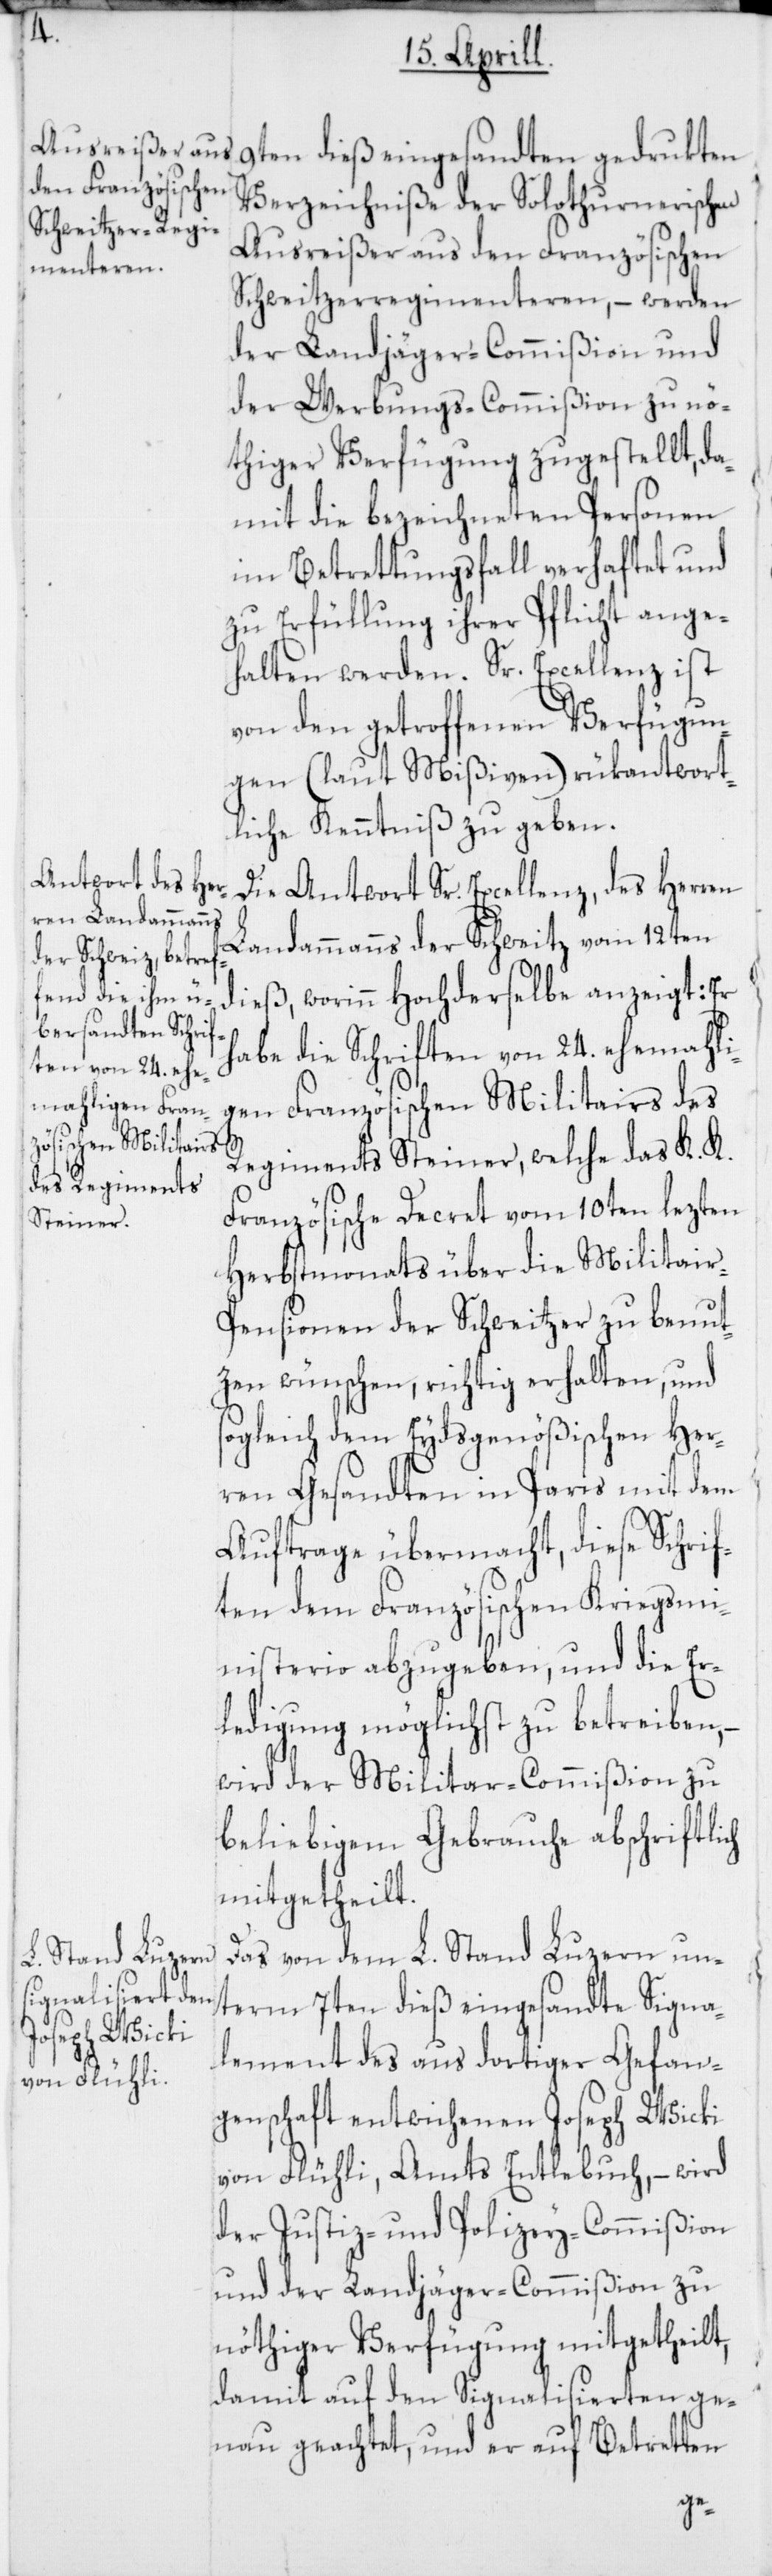
9ten dieß eingesandten gedrukten
Verzeichniße der Solothurnerischen
Ausreißer aus den Französischen
Schweitzerregimenteren, – werden
der Landjäger-Commißion und
der Werbungs-Commißion zu nö¬
thiger Verfügung zugestellt, da¬
mit die bezeichneten Personen
im Betrettungsfall verhaftet und
zu Erfüllung ihrer Pflicht ange¬
halten werden. Sr. Excellenz ist
von den getroffenen Verfügun¬
gen (laut Mißiven) rükantwort¬
liche Kenntniß zu geben.
Die Antwort Sr. Excellenz, des Herren
Landammanns der Schweitz vom 12ten
dieß, worinnn Hochderselbe anzeigt: Er
habe die Schriften von 24. ehemahli¬
gen Französischen Militairs des
Regiments Steiner, welche das K. K.
Französische Decret vom 10ten lezten
Herbstmonats über die Militai¬
r-Pensionen der Schweitzer zu benut¬
zen wünschen, richtig erhalten, und
sogleich dem Eydsgenößischen Her¬
ren Gesandten in Paris mit dem
Auftrage übermacht, diese Schrif¬
ten dem Französischen Kriegsm¬
inisterio abzugeben, und die Er¬
ledigung möglichst zu betreiben, –
wird der Militar-Commißion zu
beliebigem Gebrauche abschriftlich
mitgetheilt.
Das von dem L. Stand Luzern un¬
term 7ten dieß eingesandte Signa¬
lement des aus dortiger Gefan¬
genschaft entwichenen Joseph Wicki
von Flühli, Amts Entlebuch, – wird
der Justiz- und Polizey-Commißion
und der Landjäger-Commißion zu
nöthiger Verfügung mitgetheilt,
damit auf den Signalisierten ge¬
nau geachtet, und er auf Betretten